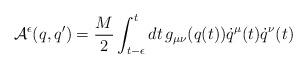
LaTeX: \begin{align*}{\cal A}^\epsilon (q,q') = \frac{M}{2} \int_{t-\epsilon }^{t} dt\,g_{\mu\nu} (q(t)) \dot{q}^\mu(t) \dot{q}^\nu(t)\end{align*}